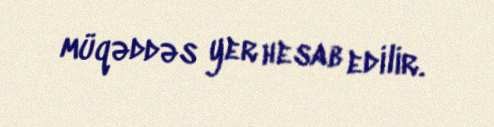
müqəddəs yer hesab edilir.